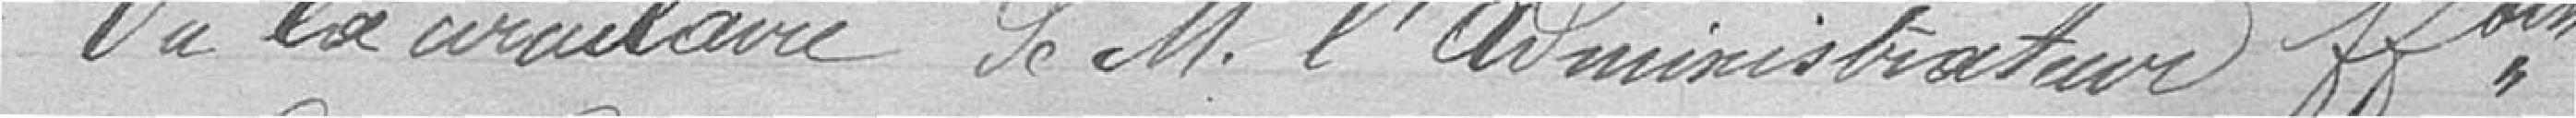
Vu la circulaire de Monsieur l'administrateur ff